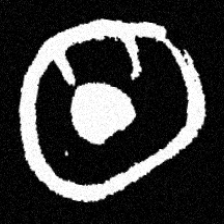
Pyu character \u2014 Myanmar letter: ထ (romanized: tha)